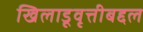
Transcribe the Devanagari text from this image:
खिलाडूवृत्तीबद्दल